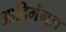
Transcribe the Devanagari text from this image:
आदिमंगल